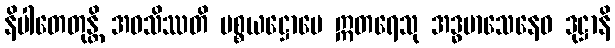
နိပါတေတုန္တိ အဝသိဿတိ ပစ္စယဋ္ဌောပေ ဣတရေသု အဒ္ဓမာသေနေဝ ဒုဋ္ဌာနိ